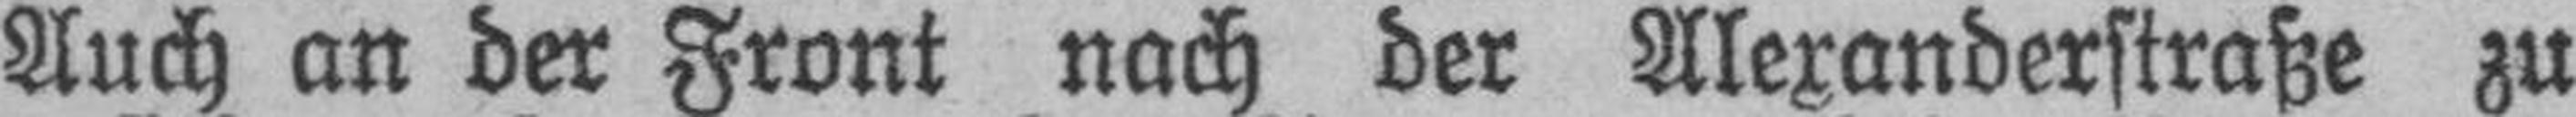
Auch an der Front nach der Alexanderstraße zu